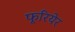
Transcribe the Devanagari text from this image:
फूरियेर